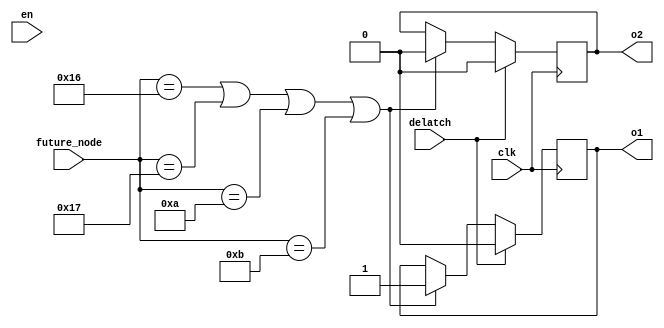
/*
# Team ID:          3762
# Theme:            Astro-Tinker Bot
# Author List:     Shrivatsan,Vaseekaran
# Filename:         electromagnet
# File Description: Used for turning on and off the electromagnet signals using node values and ultrasonic sensor 
# Global variables: None
*/
module electromagnet(clk,future_node,en,delatch,o1,o2);


	input clk,en;
	input[4:0] future_node;
	input delatch;
	reg[3:0] fault_detect_count=0;
	reg[3:0] count=0;
	output o1,o2;
	
	reg pwm=0;
	reg o1=0;reg o2=0;
	
	
	always @(posedge clk)begin
	/*
Purpose:
---
Used to turn ON or OFF the electromagnet using position of the bot and faults
*/	
		if(future_node==22 || future_node==23||future_node==10||future_node==11)begin
			o1=1;
			o2=0;
		end
		if(delatch==1)begin
			o1=0;
			o2=0;
		end
	
	end


endmodule